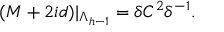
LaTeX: ( { \cal M } + 2 i d ) | _ { \Lambda _ { h - 1 } } = \delta { \cal C } ^ { 2 } \delta ^ { - 1 } .